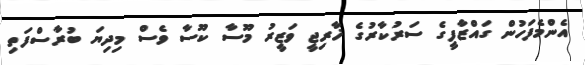
އެންމެފަހުން ގައްޒާފީގެ ސަރުކާރުގެ ޚާރިޖީ ވަޒީރު މޫސާ ކޫސާ ވެސް މިދިޔަ ބުރާސްފަތި